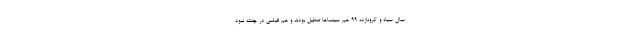
سال سیاه و کرونازده ۹۹ هم سینماها تعطیل بودند و هم فیلمی در چنته نبود